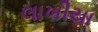
લાખીયા